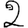
Digit: 2